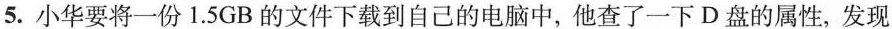
5.小华要将一份1.5GB的文件下载到自己的电脑中，他查了一下D盘的属性，发现